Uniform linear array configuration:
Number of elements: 24
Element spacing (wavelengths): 0.5
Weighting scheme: exponential
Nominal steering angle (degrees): -45
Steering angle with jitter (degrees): -45.762
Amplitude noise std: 0.05
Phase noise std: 0.05

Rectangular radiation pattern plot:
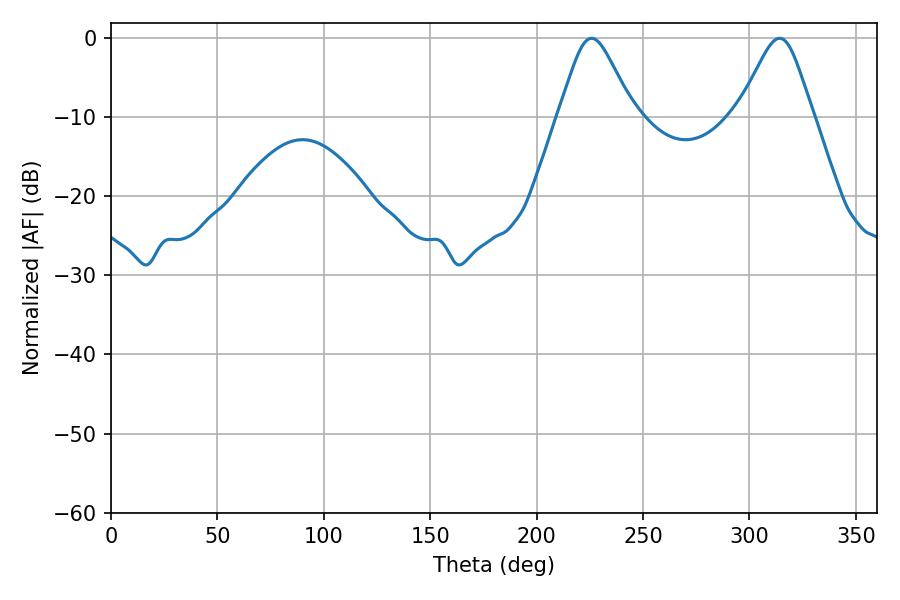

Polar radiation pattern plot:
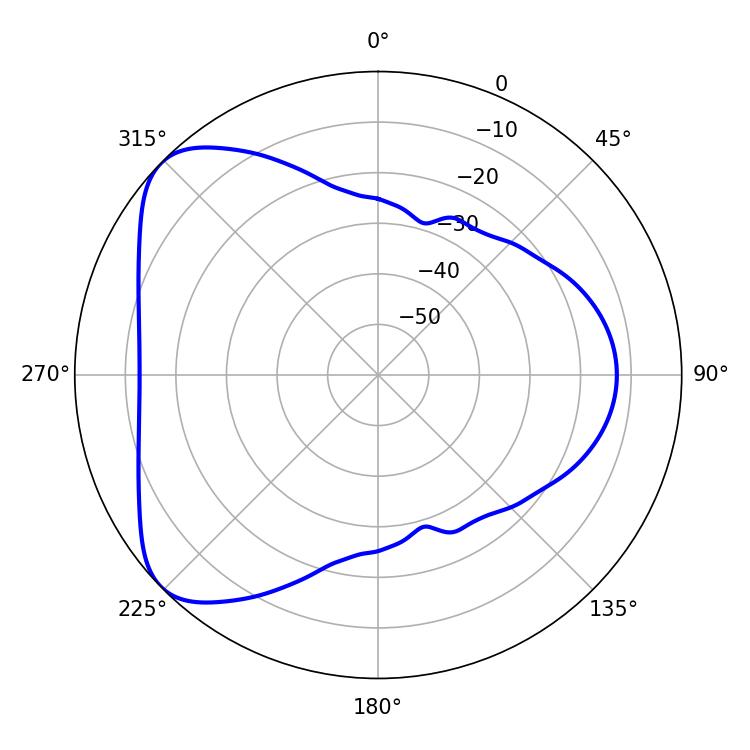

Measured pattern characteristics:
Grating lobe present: FALSE
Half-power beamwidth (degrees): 16.92
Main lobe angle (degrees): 225.9